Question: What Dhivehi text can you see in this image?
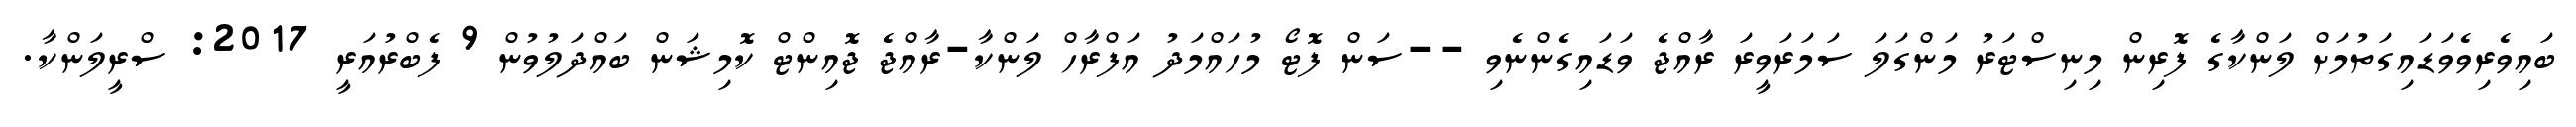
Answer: ބައިވެރިވެވަޑައިގަތުމަށް ލަންކާގެ ފޮރިން މިނިސްޓަރު މަންގަލަ ސަމަރަވީރަ ރާއްޖެ ވަޑައިގެންނެވި --ސަން ފޮޓޯ މުހައްމަދު އަފްރާހް ލަންކާ-ރާއްޖެ ޖޮއިންޓް ކޮމިޝަން ބައްދަލުވުން 9 ފެބްރުއަރީ 2017: ސްރީލަންކާ.